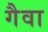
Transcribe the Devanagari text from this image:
गैवा